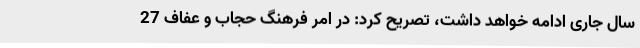
سال جاری ادامه خواهد داشت، تصریح کرد: در امر فرهنگ حجاب و عفاف 27